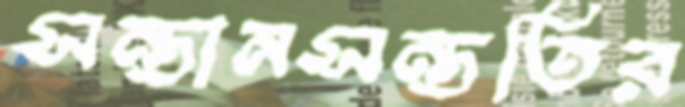
সন্তানসন্ততির